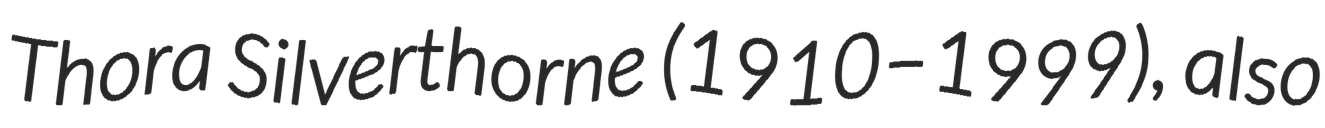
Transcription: Thora Silverthorne (1910–1999), also